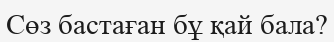
Сөз бастаған бұ қай бала?